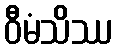
ဝီမံသိဿ